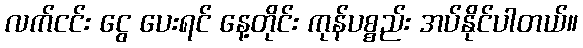
လက်ငင်း ငွေ ပေးရင် နေ့တိုင်း ကုန်ပစ္စည်း အပ်နိုင်ပါတယ်။